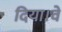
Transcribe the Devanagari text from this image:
दिया।वे